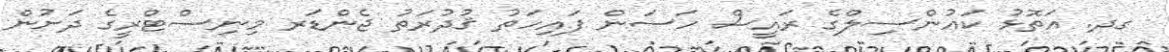
ގދ. އަތޮޅު ކައުންސިލްގެ ރައީސް ހަސަން ފައިހަތު ޤުދުރަތު ޖެންޑަރ މިނިސްޓްރީގެ ދަށުން